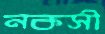
নকসী